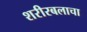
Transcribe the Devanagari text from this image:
शरीरबलाचा